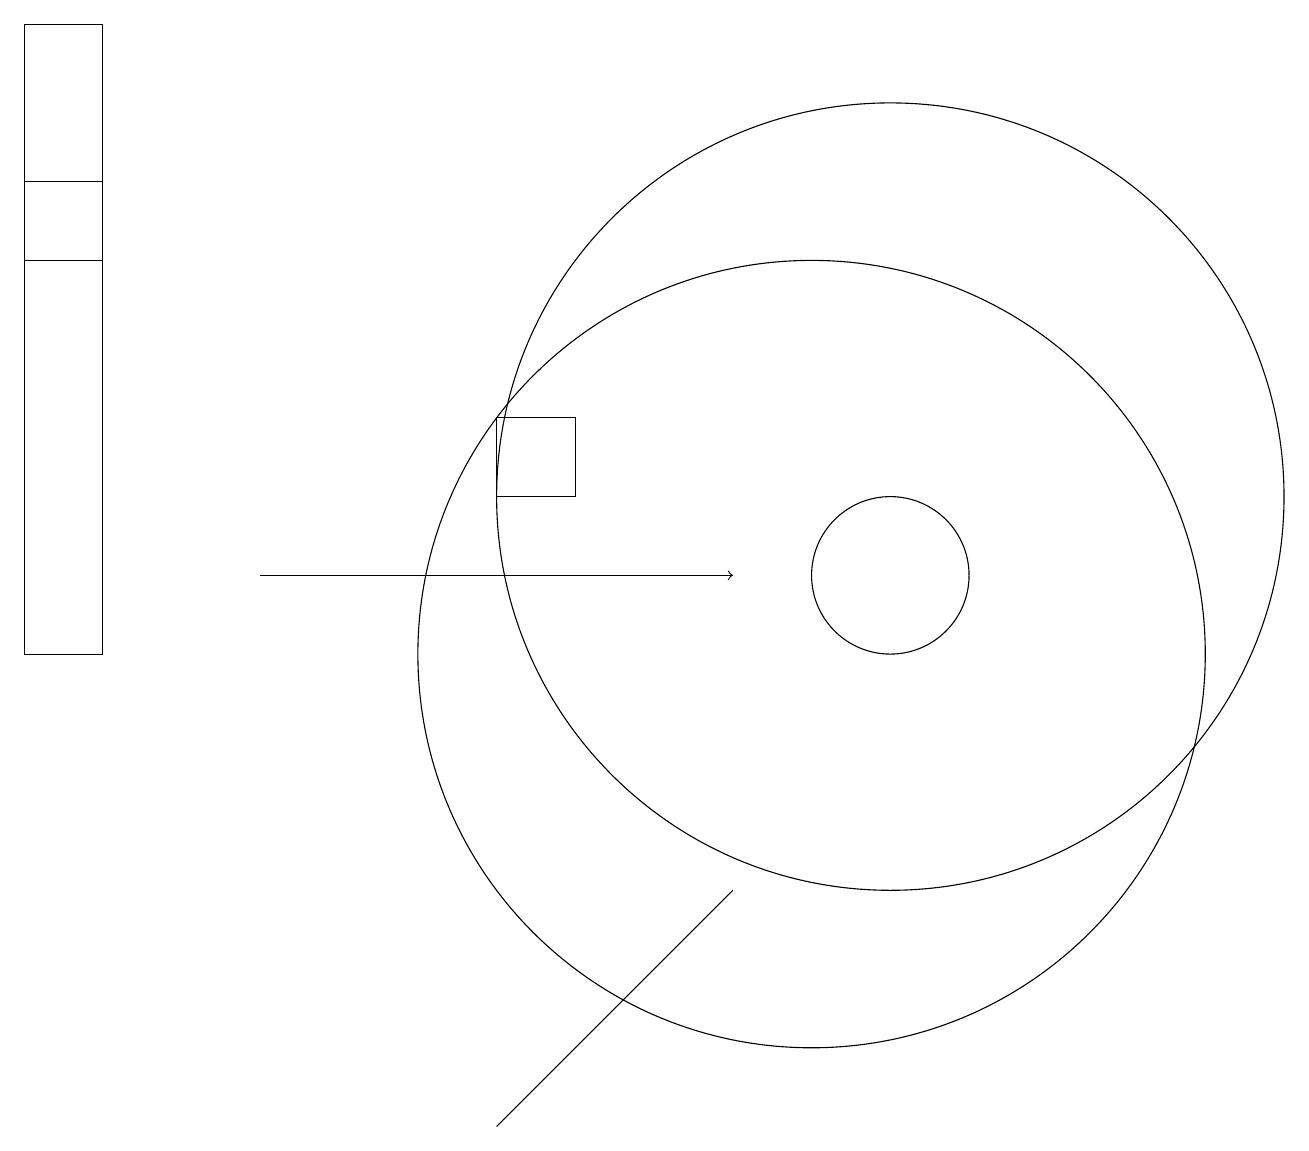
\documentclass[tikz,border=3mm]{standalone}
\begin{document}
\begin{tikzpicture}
\draw (6,4) -- (9,7) -- (8,6) -- cycle;
\draw[->] (3,11) -- (9,11);
\draw (11,11) circle (1);
\draw (10,10) circle (5);
\draw (11,12) circle (5);
\draw (6,12) rectangle (7,13);
\draw (1,15) rectangle (0,18);
\draw (0,10) rectangle (1,16);
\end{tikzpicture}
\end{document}